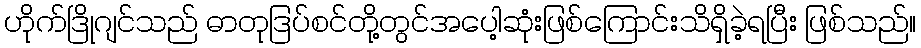
ဟိုက်ဒြိုဂျင်သည် ဓာတုဒြပ်စင်တို့တွင်အပေါ့ဆုံးဖြစ်ကြောင်းသိရှိခဲ့ရပြီး ဖြစ်သည်။